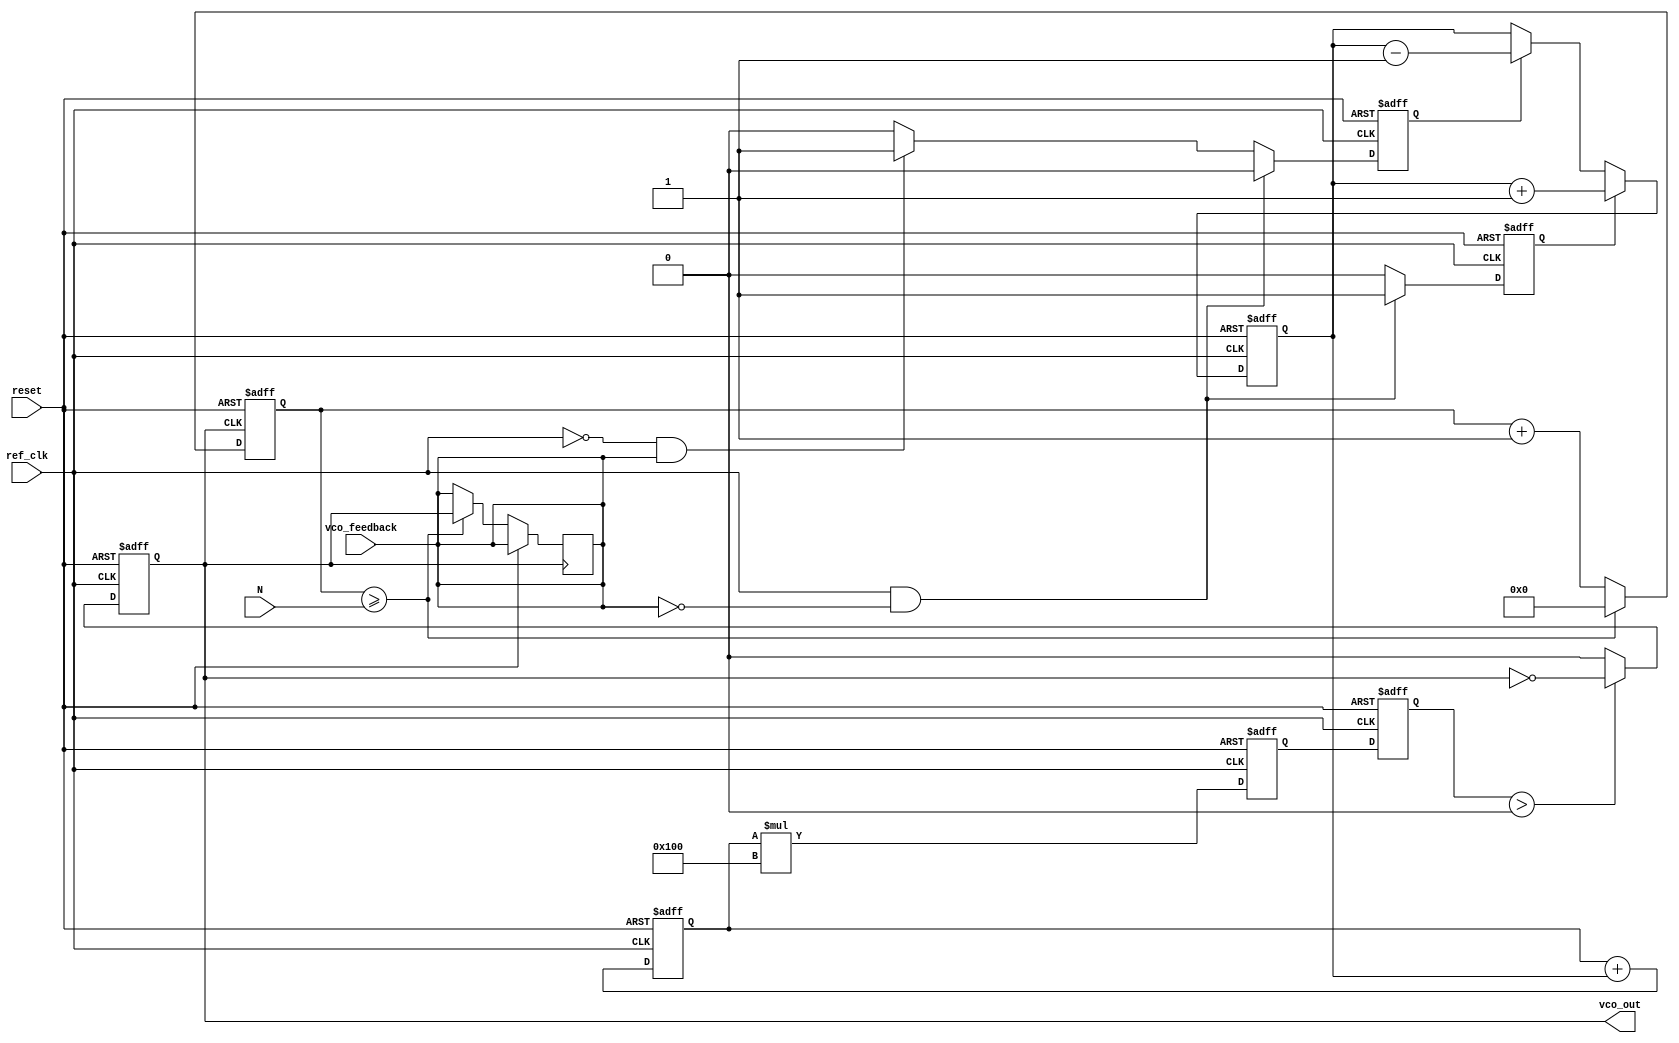
module integer_n_pll (
    input wire ref_clk,           // Reference clock input
    input wire vco_feedback,      // VCO feedback input
    input wire reset,             // Reset signal
    input wire [3:0] N,           // Division factor
    output reg vco_out            // VCO output
);

    // PFD Signals
    reg pfd_up;
    reg pfd_down;
    
    // Charge Pump Signals
    reg [7:0] charge_pump_output; // Control voltage from Charge Pump
    reg [7:0] loop_filter_output;  // Control voltage to VCO
    
    // VCO parameters
    reg [15:0] vco_frequency;      // VCO frequency output
    reg [15:0] vco_tuning;         // VCO tuning based on control voltage
    
    // Divider output
    reg [15:0] feedback_divider;

    // PFD Logic
    always @(posedge ref_clk or posedge reset) begin
        if (reset) begin
            pfd_up <= 0;
            pfd_down <= 0;
        end else begin
            if (ref_clk && !vco_feedback) begin
                pfd_up <= 1;   // Reference clock leads feedback
                pfd_down <= 0;
            end else if (!ref_clk && vco_feedback) begin
                pfd_up <= 0;   // Feedback leads reference clock
                pfd_down <= 1;
            end else begin
                pfd_up <= 0;
                pfd_down <= 0; // No change
            end
        end
    end

    // Charge Pump Logic
    always @(posedge ref_clk or posedge reset) begin
        if (reset) begin
            charge_pump_output <= 8'b0;
        end else begin
            if (pfd_up) begin
                charge_pump_output <= charge_pump_output + 1; // Increase voltage
            end else if (pfd_down) begin
                charge_pump_output <= charge_pump_output - 1; // Decrease voltage
            end
        end
    end

    // Loop Filter Logic (simple integrator)
    always @(posedge ref_clk or posedge reset) begin
        if (reset) begin
            loop_filter_output <= 8'b0;
        end else begin
            loop_filter_output <= loop_filter_output + charge_pump_output; // Simple integration
        end
    end

    // VCO Logic
    always @(posedge ref_clk or posedge reset) begin
        if (reset) begin
            vco_frequency <= 16'b0;
            vco_tuning <= 16'b0;
            vco_out <= 0;
        end else begin
            // Adjust VCO frequency based on control voltage
            vco_tuning <= loop_filter_output * 256; // Scale control voltage
            
            // Generate VCO output frequency
            vco_frequency <= vco_tuning; // Example frequency calculation
            vco_out <= (vco_frequency > 0) ? ~vco_out : 0; // Toggle output based on frequency
        end
    end

    // Divider Logic
    always @(posedge vco_out or posedge reset) begin
        if (reset) begin
            feedback_divider <= 16'b0;
        end else begin
            feedback_divider <= feedback_divider + 1;
            if (feedback_divider >= N) begin
                feedback_divider <= 0;
                vco_feedback <= vco_out; // Feedback to PFD
            end
        end
    end

endmodule